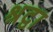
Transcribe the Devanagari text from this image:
श्रद्वा